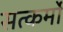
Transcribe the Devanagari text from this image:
सत्कर्मो